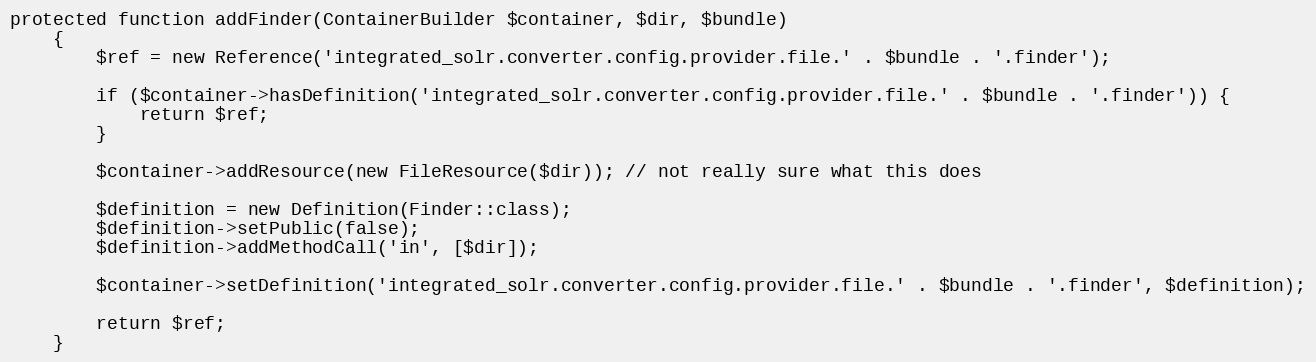
Language: PHP
protected function addFinder(ContainerBuilder $container, $dir, $bundle)
    {
        $ref = new Reference('integrated_solr.converter.config.provider.file.' . $bundle . '.finder');

        if ($container->hasDefinition('integrated_solr.converter.config.provider.file.' . $bundle . '.finder')) {
            return $ref;
        }

        $container->addResource(new FileResource($dir)); // not really sure what this does

        $definition = new Definition(Finder::class);
        $definition->setPublic(false);
        $definition->addMethodCall('in', [$dir]);

        $container->setDefinition('integrated_solr.converter.config.provider.file.' . $bundle . '.finder', $definition);

        return $ref;
    }